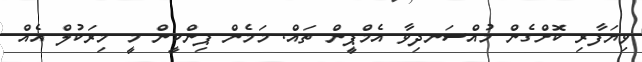
ވިޔަފާރި ކޮށްގެން މުއްސަނދިވާ އެމްޕީން ތައް. މަމެން ޕިންކީން މީ މިރަކުލް އެއް